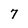
Character: 7